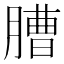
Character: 䐬